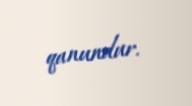
qanundur.